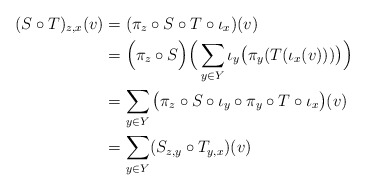
\begin{align*}(S\circ T)_{z, x}(v)&=(\pi_z\circ S\circ T\circ\iota_x)(v)\\&=\Big(\pi_z\circ S\Big)\Big(\sum_{y\in Y}\iota_y\big(\pi_y(T(\iota_x(v)))\big)\Big)\\&=\sum_{y\in Y}\big(\pi_z\circ S\circ\iota_y\circ\pi_y\circ T\circ\iota_x\big)(v)\\&=\sum_{y\in Y}(S_{z, y}\circ T_{y, x})(v)\end{align*}